Problem: 73 + 25 = ?
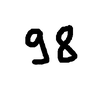
Handwritten answer: 98